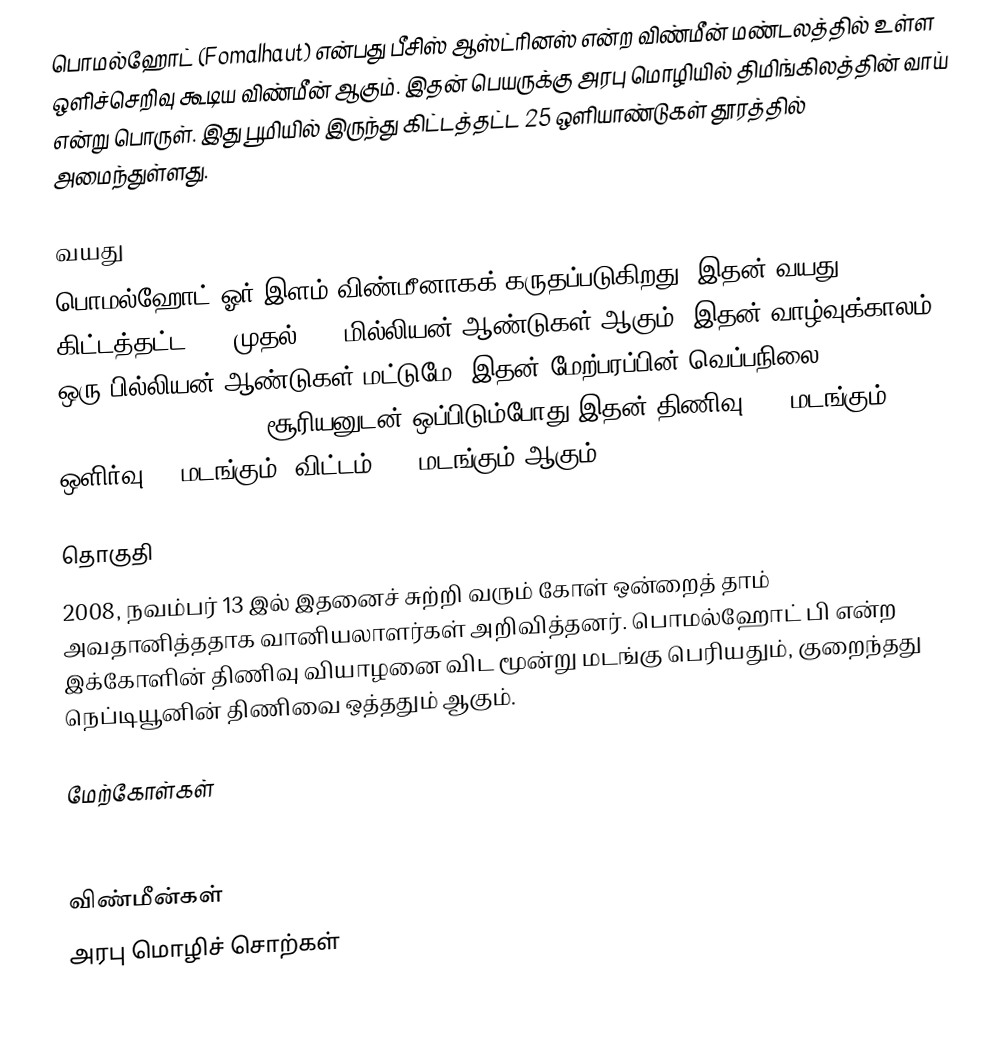
பொமல்ஹோட் (Fomalhaut) என்பது பீசிஸ் ஆஸ்ட்ரினஸ் என்ற விண்மீன் மண்டலத்தில் உள்ள ஒளிச்செறிவு கூடிய விண்மீன் ஆகும். இதன் பெயருக்கு அரபு மொழியில் திமிங்கிலத்தின் வாய் என்று பொருள். இது பூமியில் இருந்து கிட்டத்தட்ட 25 ஒளியாண்டுகள் தூரத்தில் அமைந்துள்ளது.

வயது
பொமல்ஹோட் ஓர் இளம் விண்மீனாகக் கருதப்படுகிறது. இதன் வயது கிட்டத்தட்ட 200 முதல் 300 மில்லியன் ஆண்டுகள் ஆகும். இதன் வாழ்வுக்காலம் ஒரு பில்லியன் ஆண்டுகள் மட்டுமே. இதன் மேற்பரப்பின் வெப்பநிலை 8,500 K (14,840 °F/8,230 °C). சூரியனுடன் ஒப்பிடும்போது இதன் திணிவு 2.3 மடங்கும், ஒளிர்வு 15 மடங்கும், விட்டம் 1.7 மடங்கும் ஆகும்.

தொகுதி
2008, நவம்பர் 13 இல் இதனைச் சுற்றி வரும் கோள் ஒன்றைத் தாம் அவதானித்ததாக வானியலாளர்கள் அறிவித்தனர். பொமல்ஹோட் பி என்ற இக்கோளின் திணிவு வியாழனை விட மூன்று மடங்கு பெரியதும், குறைந்தது நெப்டியூனின் திணிவை ஒத்ததும் ஆகும்.

மேற்கோள்கள்

விண்மீன்கள்
அரபு மொழிச் சொற்கள்